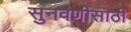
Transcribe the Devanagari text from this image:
सुनवणीसाठी